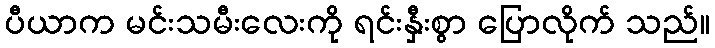
ပီယာက မင်းသမီးလေးကို ရင်းနှီးစွာ ပြောလိုက် သည်။